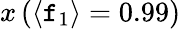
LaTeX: x\left(\langle\mathtt{f}_{1}\rangle=0.99\right)